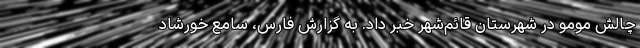
چالش مومو در شهرستان قائم‌شهر خبر داد. به گزارش فارس، سامع خورشاد